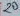
Text: 20